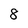
Character: 8